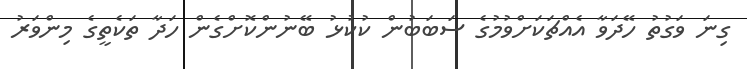
ގިނަ ވަގުތު ހޭދަވާ އެއްޗަކަށްވުމުގެ ސަބަބުން ކުކުޅު ބޭނުންކޮށްގެން ހަދާ ތަކެތީގެ މިންވަރު